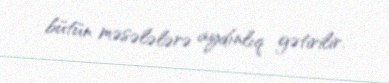
bütün məsələlərə aydınlıq gətirilir.